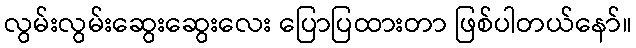
လွမ်းလွမ်းဆွေးဆွေးလေး ပြောပြထားတာ ဖြစ်ပါတယ်နော်။